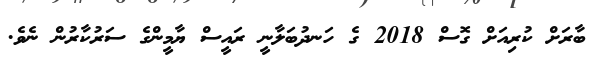
ބާރަށް ކުރިއަށް ގޮސް 2018 ގެ ހަނދުބަލާނީ ރައީސް ޔާމީންގެ ސަރުކާރުން ނެވެ.